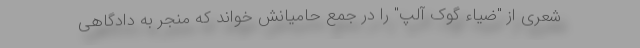
شعری از "ضیاء گوک آلپ" را در جمع حامیانش خواند که منجر به دادگاهی